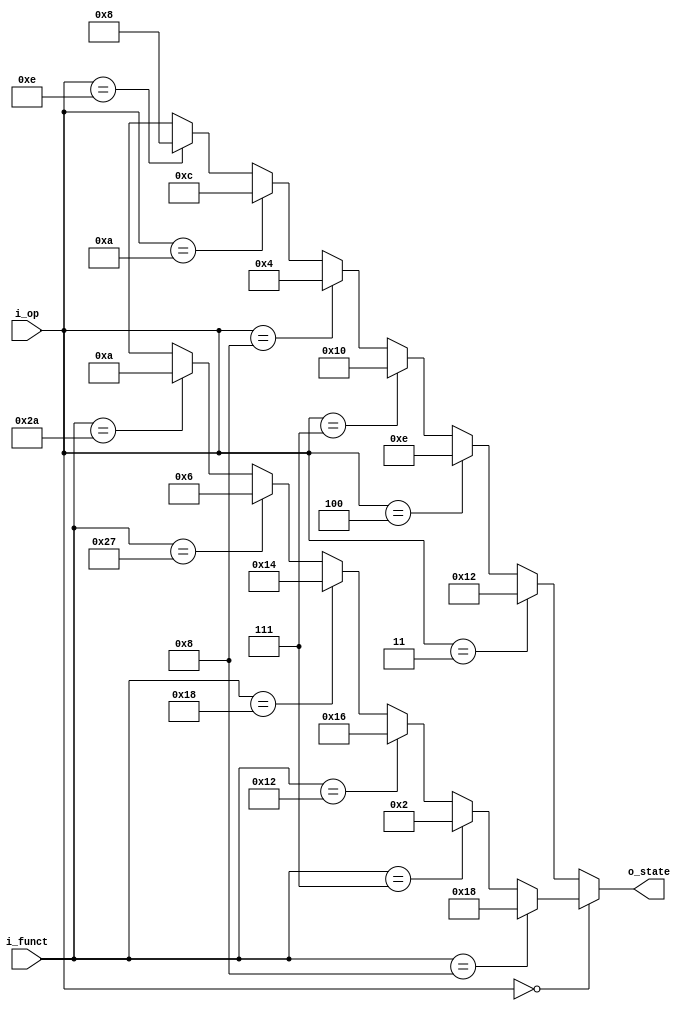
`timescale 1ns / 1ps

//////////////////////////////////////////////////////////////////////////////////
// Company:  KwangWoon University
// 
// Module Name:    My_State_ROM 
// Project Name:   Multi-Cycle Processor
//
// Revision: 
// Additional Comments: 
//
//////////////////////////////////////////////////////////////////////////////////

module My_State_ROM (i_op, i_funct, o_state);
  input [5:0] i_op, i_funct;
  output reg [7:0] o_state;
  
  always @(*) begin
    if (i_op==6'b000000) begin        //////// R-type Instructions
      if (i_funct==6'b001000) begin				//jr
        o_state = 8'b00011000;					//24
      end
      else if (i_funct==6'b000111) begin  	//srav
        o_state = 8'b00000010;					//2
      end
		else if (i_funct==6'b010010) begin  	//mflo
        o_state = 8'b00010110;					//22
      end
		else if (i_funct==6'b011000) begin  	//mult
        o_state = 8'b00010100;					//20
      end
		else if (i_funct==6'b100111) begin  	//nor
        o_state = 8'b00000110;					//6
      end
		else if (i_funct==6'b101010) begin  	//slt
        o_state = 8'b00001010;					//10
      end
      else begin
        o_state = 8'bxxxxxxxx;
      end
    end                              /////// Other Instructions
    else if (i_op==6'b000011) begin  	//jal
      o_state = 8'b00010010;				//18
    end
    else if (i_op==6'b000100) begin  	//beq
      o_state = 8'b00001110;				//14
    end
	 else if (i_op==6'b000111) begin  	//bgtz
      o_state = 8'b00010000;				//16
    end
	 else if (i_op==6'b001000) begin  	//addi
      o_state = 8'b00000100;				//4
    end
	 else if (i_op==6'b001010) begin  	//slti
      o_state = 8'b00001100;				//12
    end
	 else if (i_op==6'b001110) begin  	//xori
      o_state = 8'b00001000;				//8
    end
    else begin
      o_state = 8'bxxxxxxxx;
    end
  end
endmodule

//////////////////////////////////////////////////////////////////////////////////